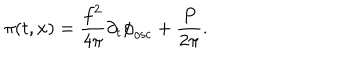
\pi ( t , x ) = \frac { f ^ { 2 } } { 4 { \pi } } { \partial } _ { t } { \phi } _ { \mathrm { { o s c } } } + \frac { P } { 2 { \pi } } .